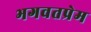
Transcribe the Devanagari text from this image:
भगवतप्रेम